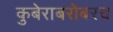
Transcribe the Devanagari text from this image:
कुबेराबरोबरच